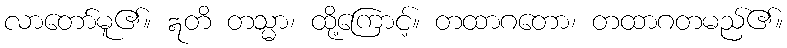
လာတော်မူ၏။ ဣတိ တသ္မာ၊ ထို့ကြောင့်။ တထာဂတော၊ တထာဂတမည်၏။